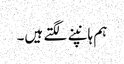
ہم ہانپنے لگتے ہیں۔